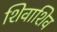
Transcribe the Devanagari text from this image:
शिवाशिव